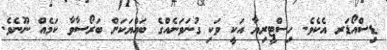
ޑިސްއޯޑަރ އެކެވެ. ހިސްޓީރިޔާ އަކީ ވަކި ގުނަވަނެއްގެ ބައްޔަކަށް ބަރޯސާވާ ކަމެއް ނޫނެވެ.